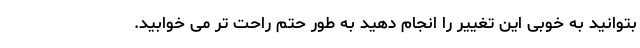
بتوانید به خوبی این تغییر را انجام دهید به طور حتم راحت تر می خوابید.